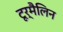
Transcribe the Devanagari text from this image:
टूर्मैलिन